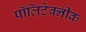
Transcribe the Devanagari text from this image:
पॉलिटेक्‍नीक